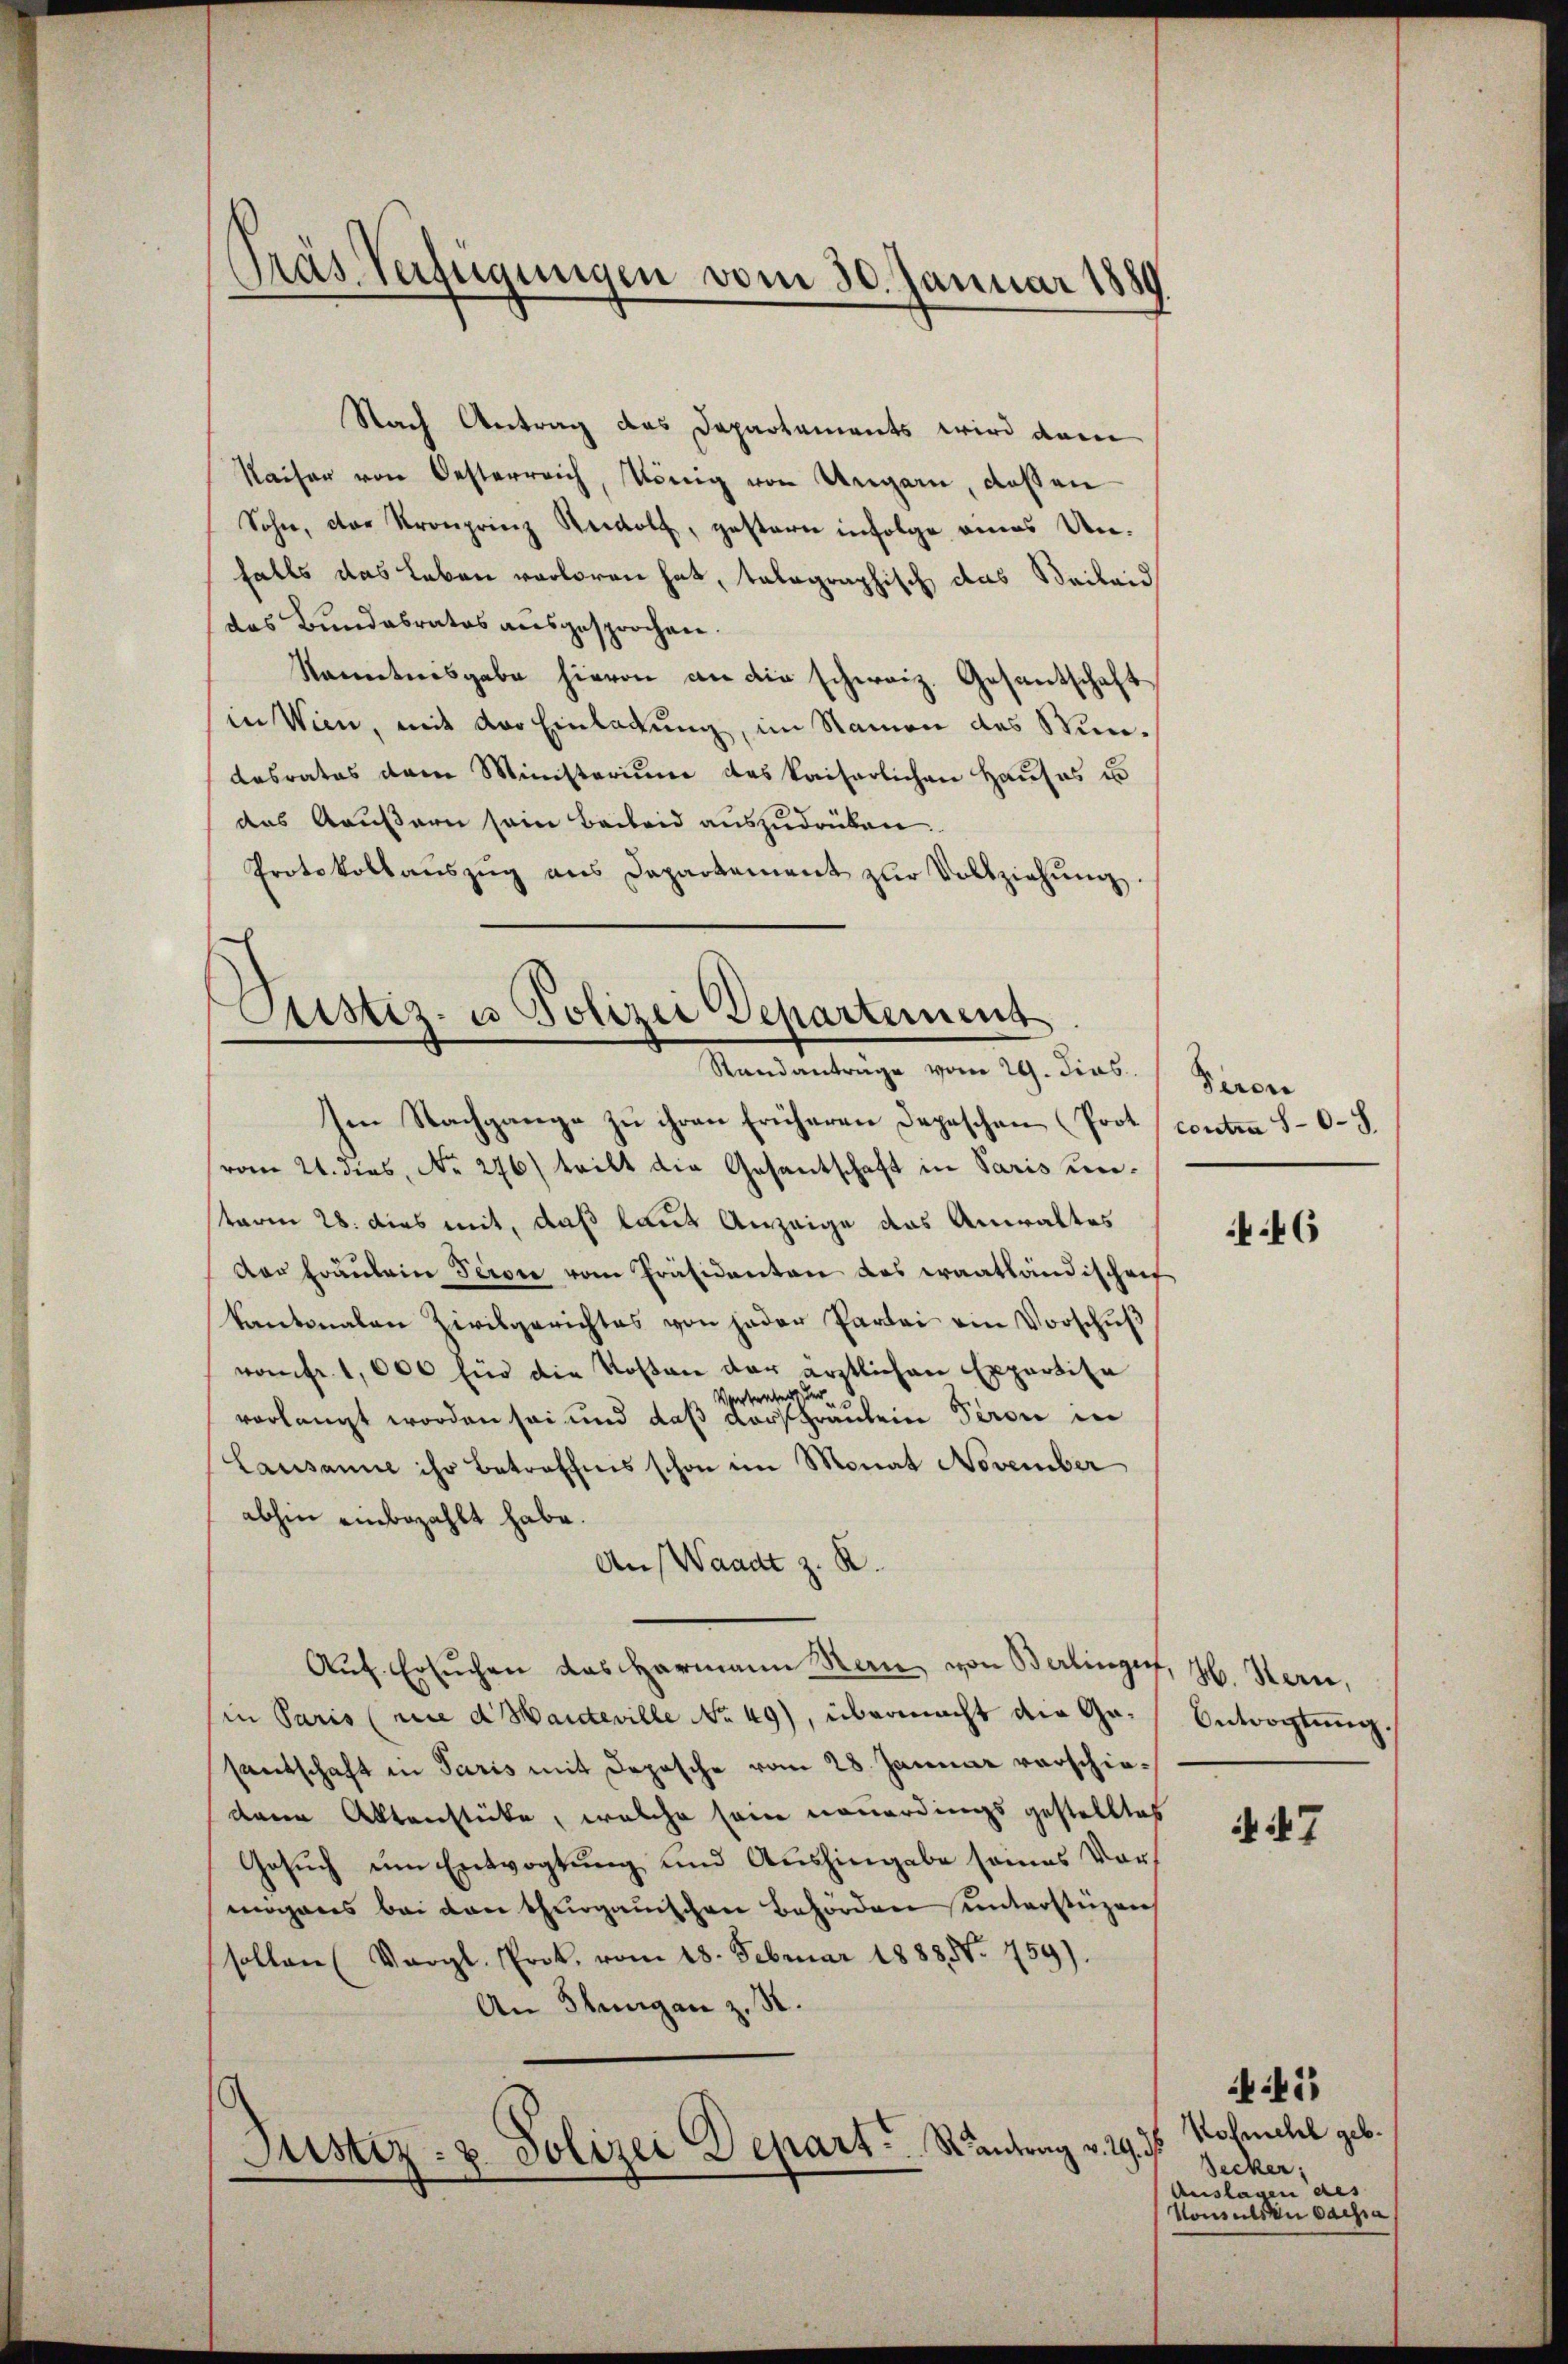
Nach Antrag das Departaments wird dam
Kaiser von Oesterreich, König von Ungarn, dassen
Sohn, der Kronprinz Rewolf, gestern infolge eines Unfalls das Leben verloren hat, talographisch das Seileid
das Bundesrates aŭsgesprochen.
kanntnisgabe hievon an die schweiz. Gesantschaft
in Wien, mit der Einladung, im Namen des Windesrates dem Ministerium das kaiserlichen Haŭses u
das Aeußern sein Beibeid auszudrüken.
Protokollaŭszŭg ans Departement zŭr Vollziehŭng.

Träs Verfügungen vom 30. Januar 1889

Cristiz- u Polizei Departement
Standantrage vom 29. dies

Im Nachgange zu ihren früheren Depeschen (Prot contra 80. 8.
vom 21. dies, No. 276) teilt die Gesantschaft in Paris unstaren 28. dies mit, daß laut Anzeige das Anwaltes
Das Fräulein Seron vom Präsidenten das waatländischenf
kantonalen Zivilgerichtes von jeder Partei ein Vorschŭβ
vom fr. 1,600 für die Kosten der ärztlichen Expertisa
Vertreters der
vorlangt worden sei und daß darffräulein Seren in
Lausanne ihr Betreffnis schon im Monat November
abhin einbezahlt habe.
Ans Waadt z. R.
Auf. Ersuchen das Harmann Rau, von Berlingert, H. Kern,
in Paris (wie d Manteville No 49), übermacht die Gasantschaft in Paris mit Depesche vom 28. Januar vorschiedenen Aktenstücke, welche sein neuerdings gestelltes
Gesuch um Entvogtung und Aushingabe seines Vormögens bei den thurgauischen Behörden unterstüzen
sollen (Vergl. Prok. vom 18. Februar 1888. 459).
An Stungen z. R.
Justiz- & Polizei Depart. Kantrag v. 29. ds.

Siron

46

Antrachtung

if. 47

Kosmehl geb.
Secker,
Auslau des
Nomaliten dachia

41